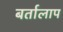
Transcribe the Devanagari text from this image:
बर्तालाप